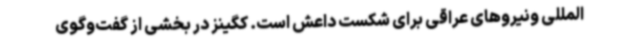
المللی ونیروهای عراقی برای شکست داعش است. کگینز در بخشی از گفت‌وگوی